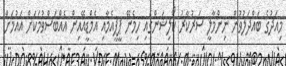
މިއަދުގެ ބައްދަލުވުން ނިންމާލީ ސަރުކާރު ކޯލިޝަންގައި ހިމެނޭ ޕީޕީއެމާއި އެމްޑީއޭއިން އެއްބަސްވުމަކަށް އައުމަށް